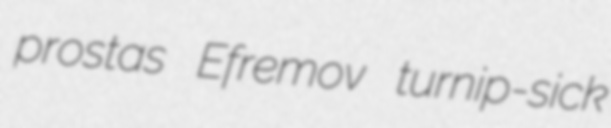
prostas Efremov turnip-sick